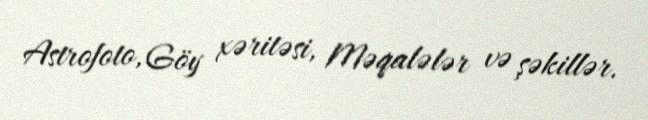
Astrofoto, Göy xəritəsi, Məqalələr və şəkillər.